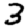
Digit: 3